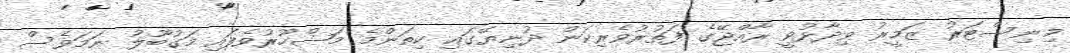
މިނިސްޓަރު ޒަމީރު ވިދާޅުވީ ރާއްޖޭގެ ފަތުރުވެރިކަން ދުނިޔޭގައި ކިތަންމެ މަޝްހޫރުވެފައި މަގުބޫލު ނަމަވެސް